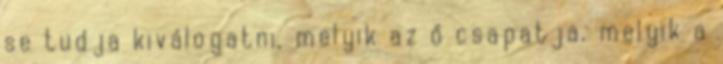
se tudja kiválogatni, melyik az ő csapatja, melyik a